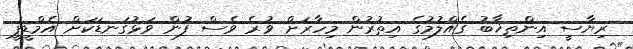
ރިޔާސީ އިންތިޚާބު ގެއްލުމުގެ އިތުރުން މިހާރަށް ވުރެ ވެސް ފުން ވަޅުގަނޑަކަށް އެމްޑީޕީ